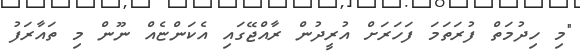
"މި ހިދުމަތް ފުރަތަމަ ފަހަރަށް އުރީދުން ރާއްޖޭގައި އެކަންޏެއް ނޫން މި ތައާރަފު